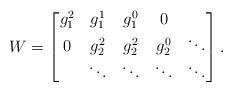
LaTeX: \begin{align*}W =\left[ \begin{matrix}g_1^2 & g_1^1 & g_1^0 & 0 & \\0 & g_2^2 & g_2^2 & g_2^0 & \ddots \\ & \ddots & \ddots & \ddots & \ddots\end{matrix} \right] .\end{align*}